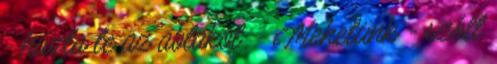
- húzta le az ablakot. - Mehetünk - szólt